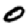
Digit: 0